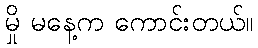
မှို မနေ့က ကောင်းတယ်။